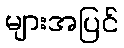
များအပြင်